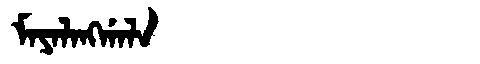
Manchu: ᠮᠠᠶᠠᠯᠠᠩᡤᠠᠯᠠ
Romanization: MAYALANGGALA